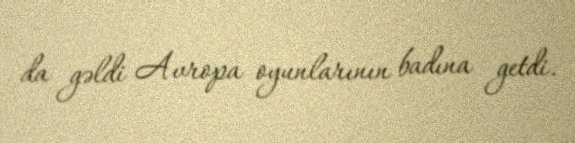
da gəldi Avropa oyunlarının badına getdi.